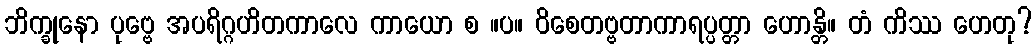
ဘိက္ခုနော ပုဗ္ဗေ အပရိဂ္ဂဟိတကာလေ ကာယော စ ။ပ။ ဝိစေတဗ္ဗတာကာရပ္ပတ္တာ ဟောန္တိ။ တံ ကိဿ ဟေတု?